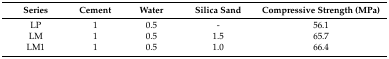
<table><thead><tr><td><b>Series</b></td><td><b>Cement</b></td><td><b>Water</b></td><td><b>Silica Sand</b></td><td><b>Compressive Strength (MPa)</b></td></tr></thead><tbody><tr><td>LP</td><td>1</td><td>0.5</td><td>-</td><td>56.1</td></tr><tr><td>LM</td><td>1</td><td>0.5</td><td>1.5</td><td>65.7</td></tr><tr><td>LM1</td><td>1</td><td>0.5</td><td>1.0</td><td>66.4</td></tr></tbody></table>